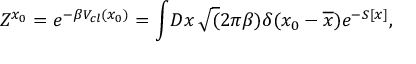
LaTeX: Z ^ { x _ { 0 } } = e ^ { - \beta V _ { c l } ( x _ { 0 } ) } = \int \! D x \, \sqrt ( 2 \pi \beta ) \delta ( x _ { 0 } - \overline { { { x } } } ) e ^ { - S [ x ] } ,